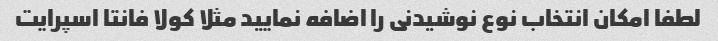
لطفا امکان انتخاب نوع نوشیدنی را اضافه نمایید مثلا کولا فانتا اسپرایت